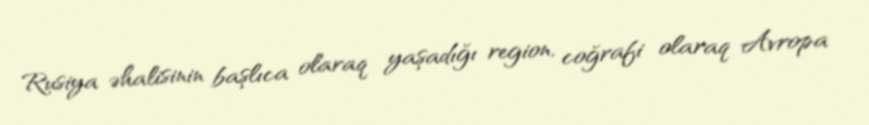
Rusiya əhalisinin başlıca olaraq yaşadığı region, coğrafi olaraq Avropa